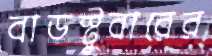
বাডস্টুবারের